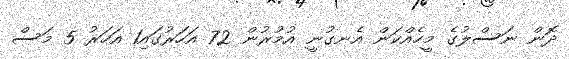
ދޮން ނަސްލުގެ މީހެއްކަން އެނގުނީ އުމުރުން 72 އަހަރުގައި1 އަހަރު 5 މަސް